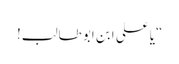
“یا علی ابن ابو طالب!